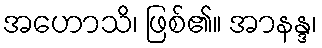
အဟောသိ၊ ဖြစ်၏။ အာနန္ဒ၊